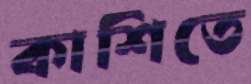
কাশিতে